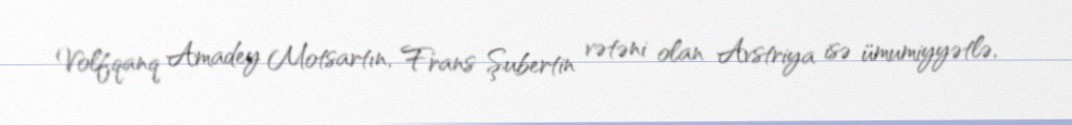
Volfqanq Amadey Motsartın, Frans Şubertin vətəni olan Avstriya isə ümumiyyətlə,